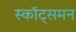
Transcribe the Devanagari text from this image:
स्कॉट्समन